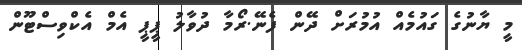
މީ ޔާނުގެ ގައުމެއް އުމުރަށް ދޭން ފެނޭ.ރޯމާ ދުވާލު ޕީޕީ އެމް އެކްވިސްޓޫން